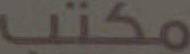
مكتب